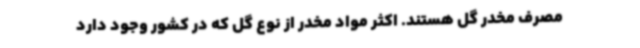
مصرف مخدر گل هستند. اکثر مواد مخدر از نوع گل که در کشور وجود دارد